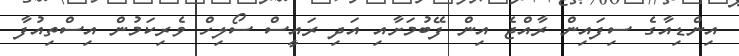
އިންޑިއާގެ ސިފައިން ރާއްޖެ އިން ފޭބުމަށާއި އަދި ރައީސް ސޯލިހް ވެރިކަމުން އިސްތިއުފާ